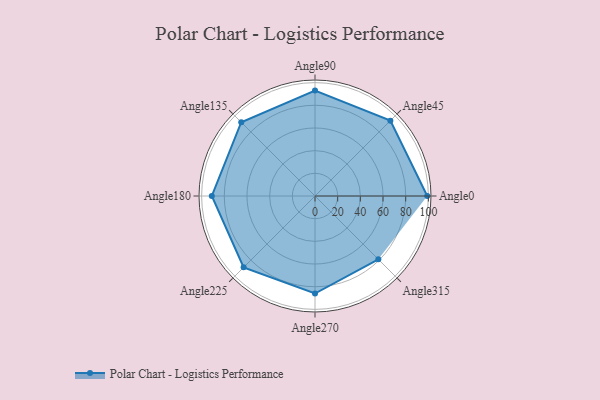
{"axis": {"x": "Angle", "y": "Radius"}, "legend": [""], "data": [{"x": "Angle0", "y": 99.0, "type": ""}, {"x": "Angle45", "y": 94.0, "type": ""}, {"x": "Angle90", "y": 93.0, "type": ""}, {"x": "Angle135", "y": 92.0, "type": ""}, {"x": "Angle180", "y": 91.0, "type": ""}, {"x": "Angle225", "y": 89.0, "type": ""}, {"x": "Angle270", "y": 86.0, "type": ""}, {"x": "Angle315", "y": 79.0, "type": ""}]}